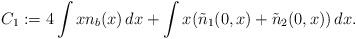
LaTeX: \begin{align*}C_1:=4\int x n_b(x)\,dx+\int x (\tilde n_1(0,x)+\tilde n_2(0,x))\,dx.\end{align*}